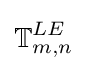
\mathbb {T} _{m,n}^{LE}